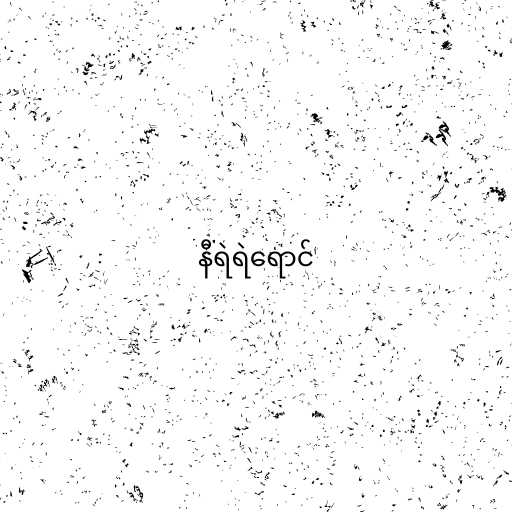
နီရဲရဲရောင်